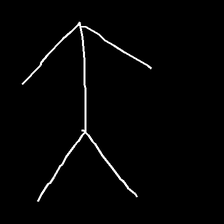
Glyph: gather